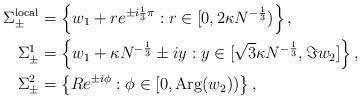
LaTeX: \begin{align*} \Sigma_{\pm}^{\mathrm{local}} &= \left\{w_{1} + r e^{\pm i\frac{1}{3}\pi}: r \in [0, 2 \kappa N^{-\frac{1}{3}})\right\},\\ \Sigma_{\pm}^{1} &= \left\{w_{1} + \kappa N^{-\frac{1}{3}} \pm iy: y \in [\sqrt{3} \kappa N^{-\frac{1}{3}}, \Im{w_{2}}]\right\},\\ \Sigma_{\pm}^{2} &= \left\{Re^{\pm i\phi}: \phi \in [0, \mathrm{Arg}(w_{2}))\right\}, \end{align*}